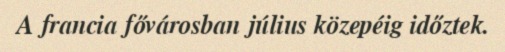
A francia fővárosban július közepéig időztek.